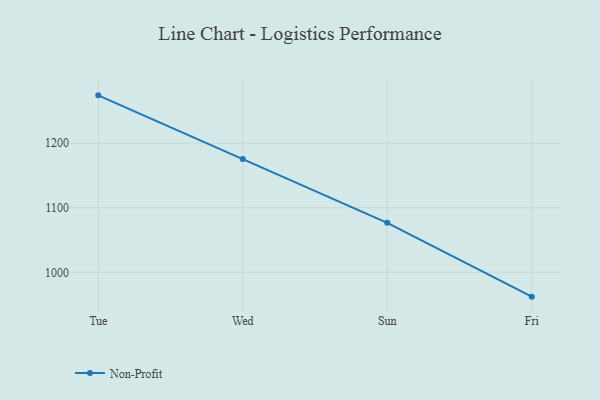
{"axis": {"x": "Day", "y": "LTV (USD)"}, "legend": ["Non-Profit"], "data": [{"x": "Tue", "y": 1274.1, "type": "Non-Profit"}, {"x": "Wed", "y": 1175.7, "type": "Non-Profit"}, {"x": "Sun", "y": 1076.6, "type": "Non-Profit"}, {"x": "Fri", "y": 962.3, "type": "Non-Profit"}]}